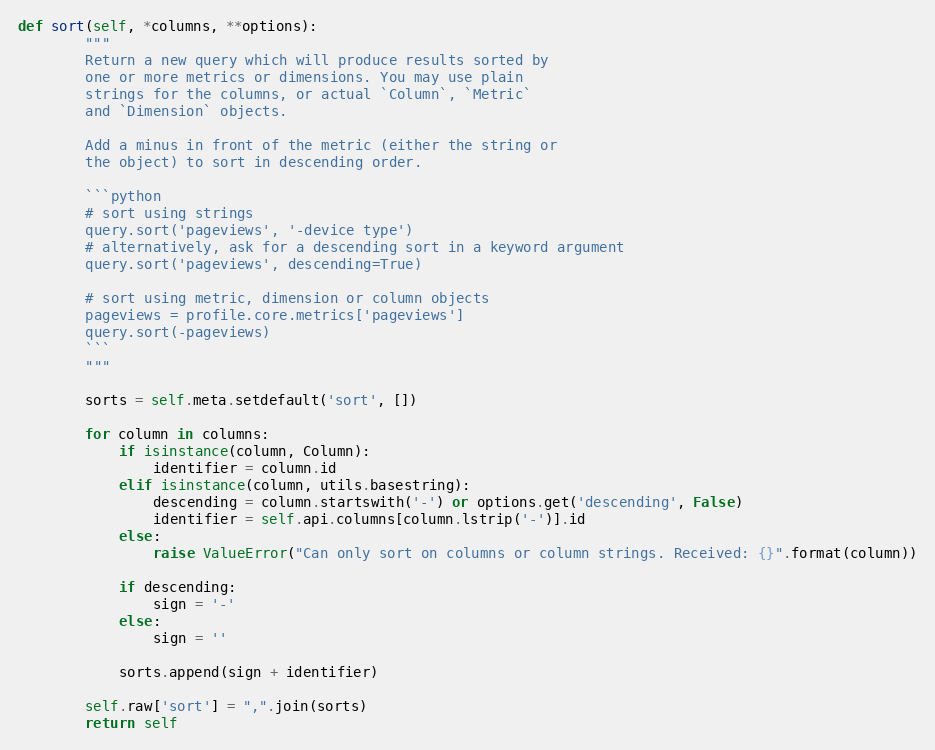
Language: Python
def sort(self, *columns, **options):
        """
        Return a new query which will produce results sorted by
        one or more metrics or dimensions. You may use plain
        strings for the columns, or actual `Column`, `Metric`
        and `Dimension` objects.

        Add a minus in front of the metric (either the string or
        the object) to sort in descending order.

        ```python
        # sort using strings
        query.sort('pageviews', '-device type')
        # alternatively, ask for a descending sort in a keyword argument
        query.sort('pageviews', descending=True)

        # sort using metric, dimension or column objects
        pageviews = profile.core.metrics['pageviews']
        query.sort(-pageviews)
        ```
        """

        sorts = self.meta.setdefault('sort', [])

        for column in columns:
            if isinstance(column, Column):
                identifier = column.id
            elif isinstance(column, utils.basestring):
                descending = column.startswith('-') or options.get('descending', False)
                identifier = self.api.columns[column.lstrip('-')].id
            else:
                raise ValueError("Can only sort on columns or column strings. Received: {}".format(column))

            if descending:
                sign = '-'
            else:
                sign = ''

            sorts.append(sign + identifier)

        self.raw['sort'] = ",".join(sorts)
        return self